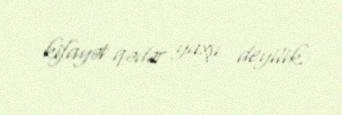
kifayət qədər yaxşı deyilik.